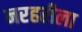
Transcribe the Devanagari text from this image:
नरहरीला